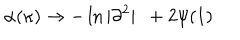
\alpha ( \kappa ) \rightarrow - \ln \vert \partial ^ { 2 } \vert \ \ + 2 \psi ( 1 )